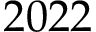
2 0 2 2